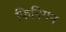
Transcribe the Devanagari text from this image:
फिनिगन